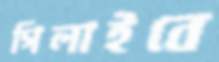
গিলাইবে